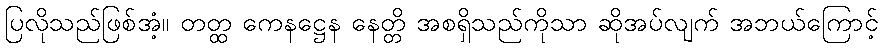
ပြလိုသည်ဖြစ်အံ့။ တတ္ထ ကေနဋ္ဌေန နေတ္တိ အစရှိသည်ကိုသာ ဆိုအပ်လျက် အဘယ်ကြောင့်